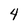
Character: 4